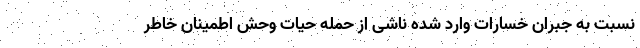
نسبت به جبران خسارات وارد شده ناشی از حمله حیات وحش اطمینان خاطر